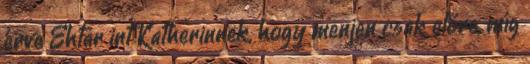
érve Ehtar int Katherinnek, hogy menjen csak előre, míg